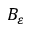
B _ { \varepsilon }